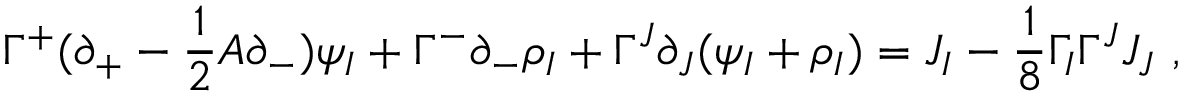
\Gamma ^ { + } ( \partial _ { + } - \frac { 1 } { 2 } A \partial _ { - } ) \psi _ { I } + \Gamma ^ { - } \partial _ { - } \rho _ { I } + \Gamma ^ { J } \partial _ { J } ( \psi _ { I } + \rho _ { I } ) = J _ { I } - \frac { 1 } { 8 } \Gamma _ { I } \Gamma ^ { J } J _ { J } ~ ,